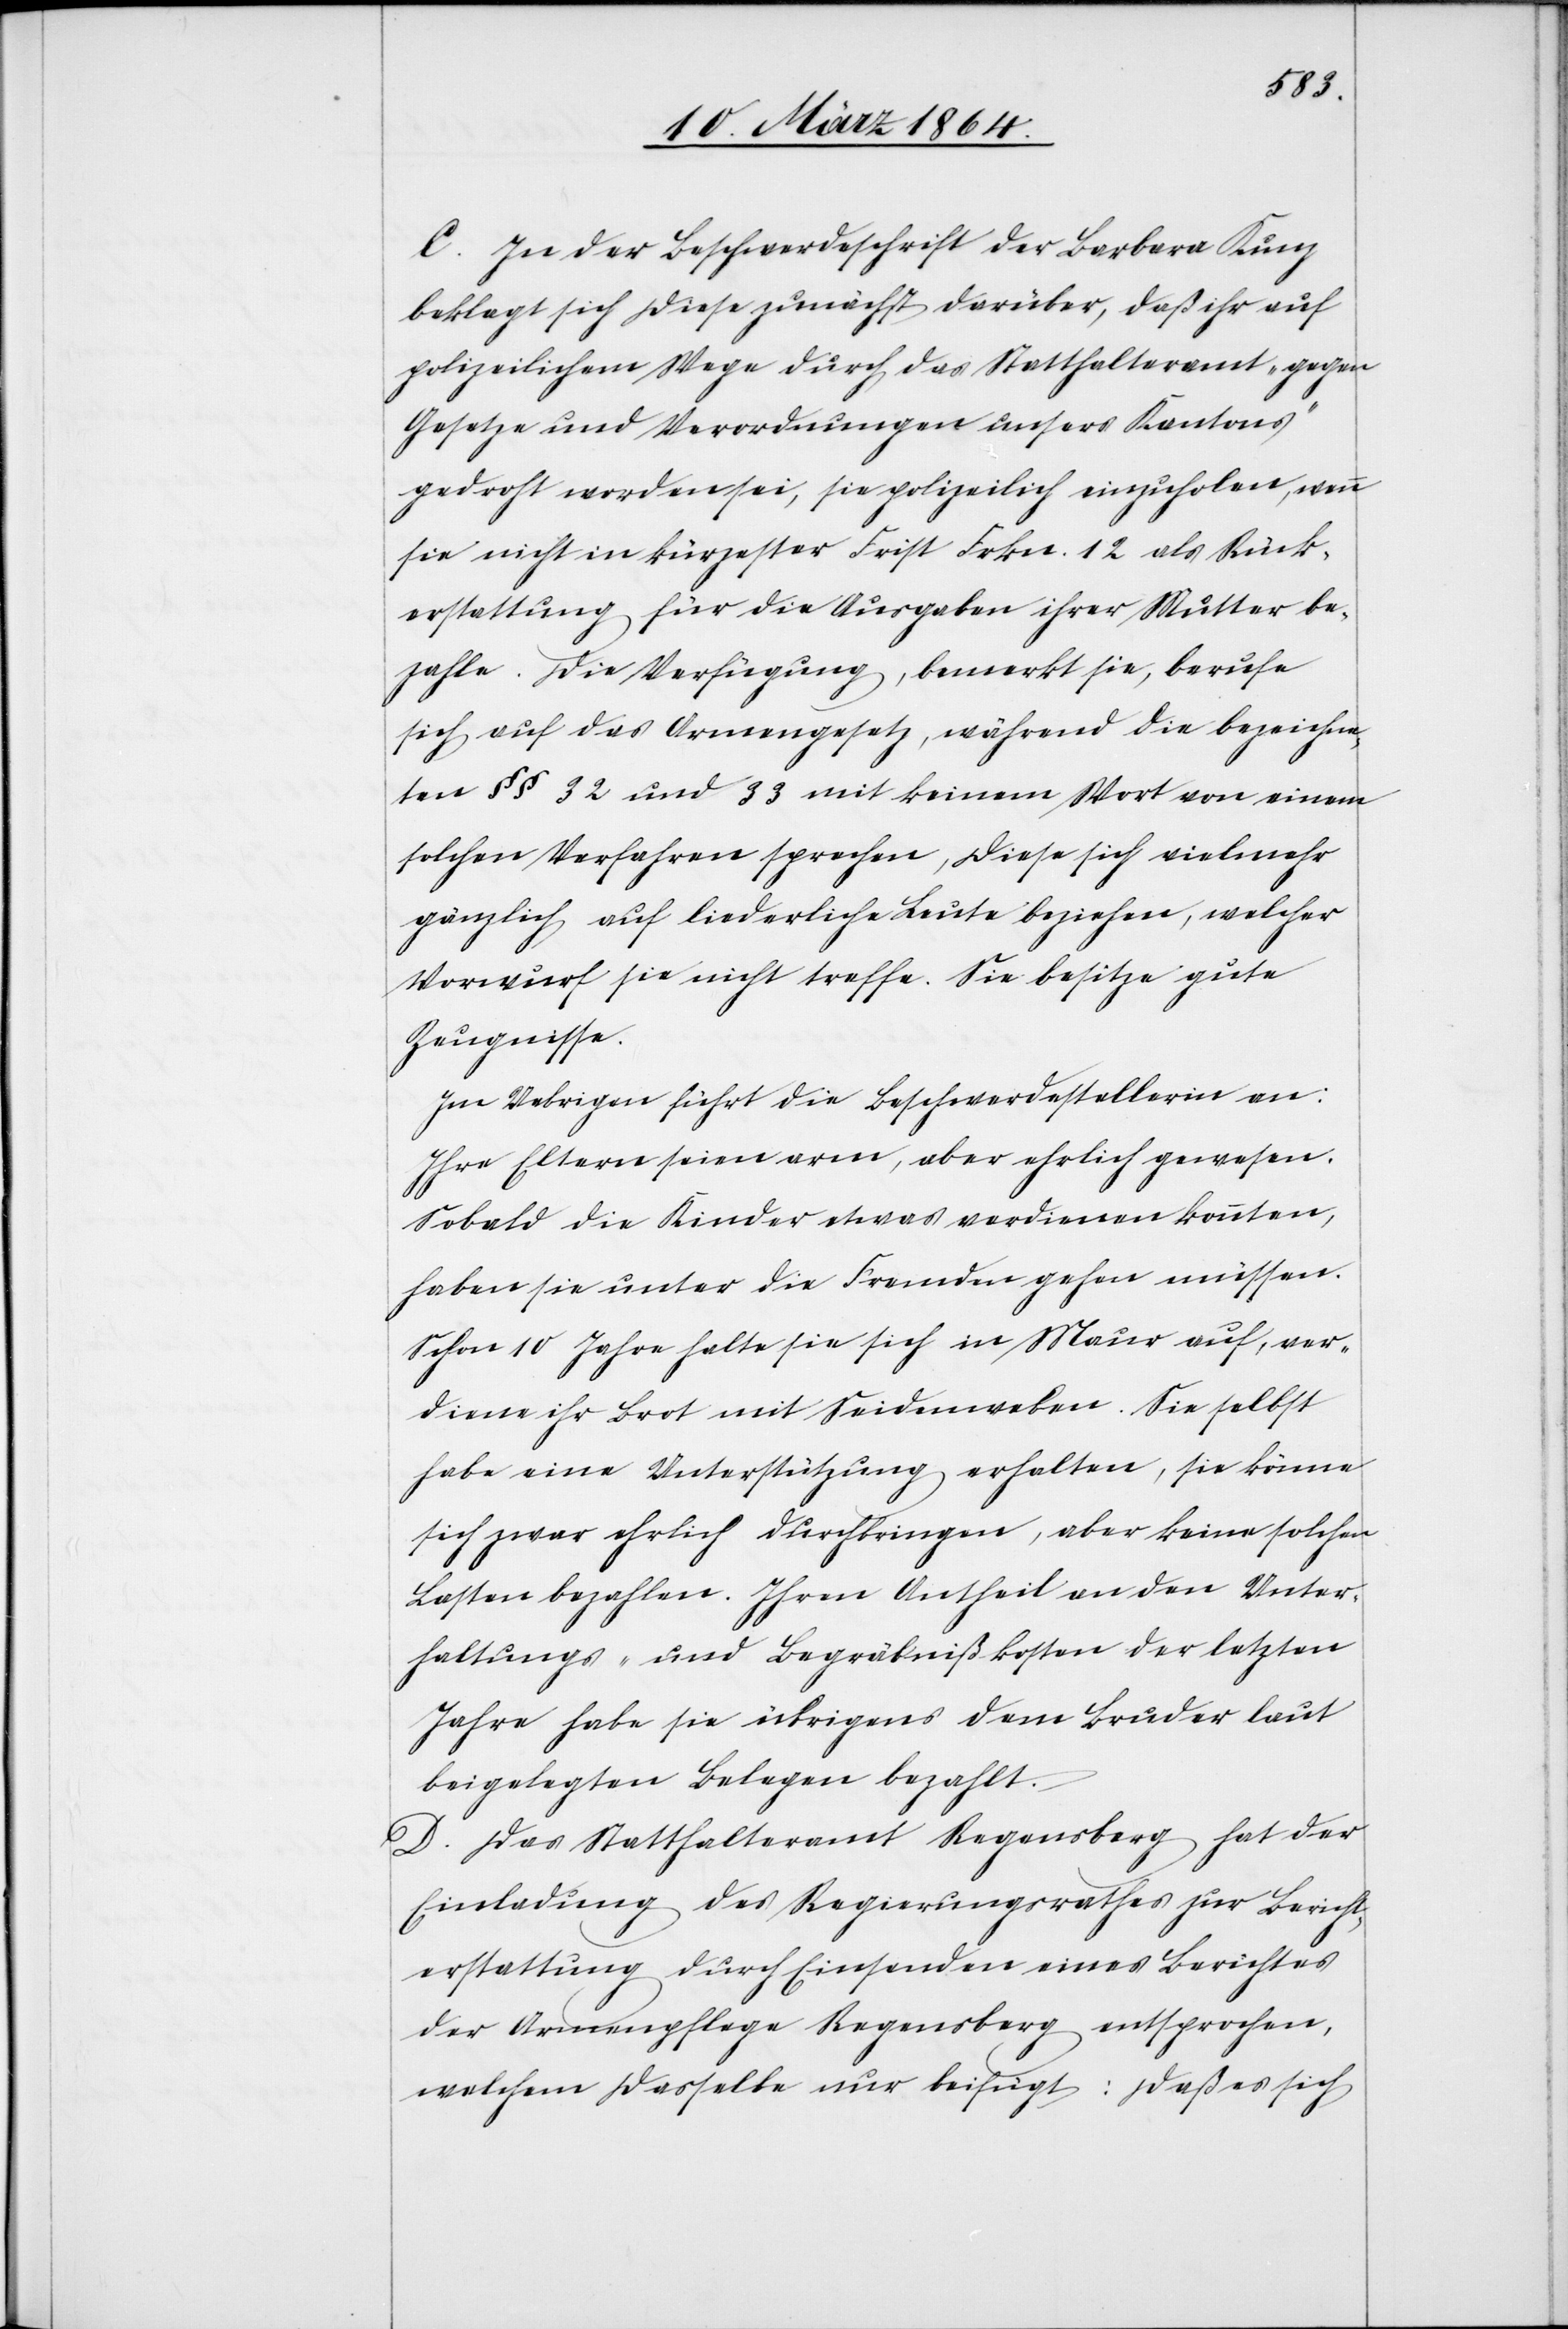
C. In der Beschwerdeschrift der Barbara Kunz
beklagt sich diese zunächst darüber, daß ihr auf
polizeilichem Wege durch das Statthalteramt „gegen
Gesetze und Verordnungen unsers Kantons“
gedroht worden sei, sie polizeilich einzuholen, wenn
sie nicht in kürzester Frist Frkn. 12 als Rück¬
erstattung für die Ausgaben ihrer Mutter be¬
zahle. Die Verfügung, bemerkt sie, berufe
sich auf das Armengesetz, während die bezeichne¬
ten §§ 32 und 33 mit keinem Wort von einem
solchen Verfahren sprachen, diese sich vielmehr
gänzlich auf liederliche Leute beziehen, welcher
Vorwurf sie nicht treffe. Sie besitze gute
Zeugnisse.
Im Übrigen führt die Beschwerdestellerin an:
Ihre Eltern seien arm, aber ehrlich gewesen.
Sobald die Kinder etwas verdienen konnten,
haben sie unter die Fremden gehen müssen.
Schon 10 Jahre halte sie sich in Maur auf, ver¬
diene ihr Brot mit Seidenweben. Sie selbst
habe eine Unterstützung erhalten, sie könne
sich zwar ehrlich durchbringen, aber keine solchen
Lasten bezahlen. Ihren Antheil an den Unter¬
haltungs- und Begräbnißkosten der letzten
Jahre habe sie übrigens dem Bruder laut
beigelegten Belegen bezahlt.
D. Das Statthalteramt Regensberg hat der
Einladung des Regierungsrathes zur Bericht¬
erstattung durch Einsenden eines Berichtes
der Armenpflege Regensberg entsprochen,
welchem dasselbe nur beifügt: Daß es sich